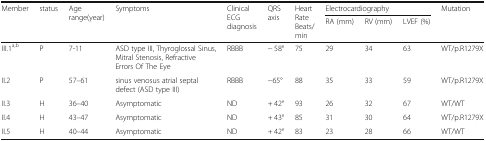
| <ROWSPAN=2> Member | <ROWSPAN=2> status | <ROWSPAN=2> Age range(year) | <ROWSPAN=2> Symptoms | <ROWSPAN=2> Clinical ECG diagnosis | <ROWSPAN=2> QRS axis | <ROWSPAN=2> Heart Rate Beats/min | <COLSPAN=3> Electrocardiography | <ROWSPAN=2> Mutation |
 | RA (mm) | RV (mm) | LVEF (%) |
 | --- | --- | --- | --- | --- | --- | --- | --- | --- | --- | --- |
 | III.1a,b | P | 7-11 | ASD type III, Thyroglossal Sinus, Mitral Stenosis, Refractive Errors Of The Eye | RBBB | − 58° | 75 | 29 | 34 | 63 | WT/p.R1279X |
 | II.2 | P | 57–61 | sinus venosus atrial septal defect (ASD type III) | RBBB | −65° | 88 | 35 | 33 | 59 | WT/p.R1279X |
 | II.3 | H | 36–40 | Asymptomatic | ND | + 42° | 93 | 26 | 32 | 67 | WT/WT |
 | II.4 | H | 43–47 | Asymptomatic | ND | + 43° | 85 | 31 | 30 | 64 | WT/p.R1279X |
 | II.5 | H | 40–44 | Asymptomatic | ND | + 42° | 83 | 23 | 28 | 66 | WT/WT |